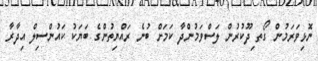
ނޮޅިވަރަމުން ގޯތ ިދޫކުރުން ލަސްވަމުންދާ ކަމަށް ބުނެ ރައްޔިތުންގެ ބަޔަކު ކައުންސިލް އިދާރާ